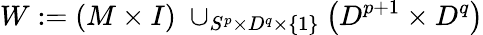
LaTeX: W:=(M\times I)\; \cup_{S^{p}\times D^{q}\times\{ 1\} }\left(D^{p+1}\times D^{q}\right)